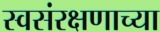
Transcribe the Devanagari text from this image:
स्वसंरक्षणाच्या